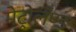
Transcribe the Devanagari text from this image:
मेट्रोलॅण्ड